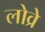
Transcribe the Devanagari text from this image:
लोव्रे